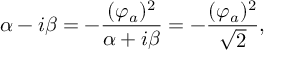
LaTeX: \alpha - i \beta = - { \frac { ( \varphi _ { a } ) ^ { 2 } } { \alpha + i \beta } } = - { \frac { ( \varphi _ { a } ) ^ { 2 } } { \sqrt { 2 } } } ,